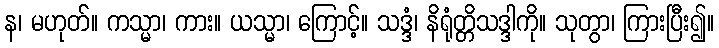
န၊ မဟုတ်။ ကသ္မာ၊ ကား။ ယသ္မာ၊ ကြောင့်။ သဒ္ဒံ၊ နိရုံတ္တိသဒ္ဒါကို။ သုတွာ၊ ကြားပြီး၍။